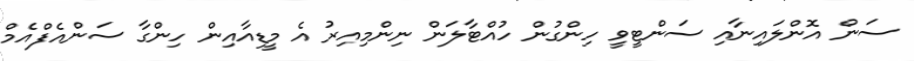
ސަން އޮންލައިނާއި ސަންޓީވީ ހިންގުން ހުއްޓާލަން ނިންމިއިރު އެ މީޑިއާއިން ހިންގާ ސަންއެފްއެމް